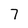
Character: 7